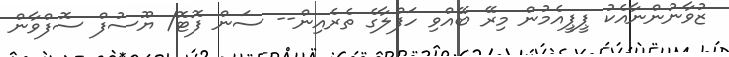
ޒުވާނުންނާއެކު ޕީޕީއެމުން މިރޭ ބޭއްވި ހަފްލާގެ ތެރެއިން-- ސަން ފޮޓޮ/ ޔޫސުފް ސޮފްވާން